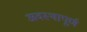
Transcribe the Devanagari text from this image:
अवस्थापूर्ण